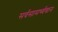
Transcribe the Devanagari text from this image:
सर्वसामर्थ्यवान